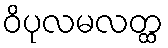
ဝိပုလမလတ္ထ